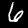
Label: 6